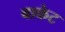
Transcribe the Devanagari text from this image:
बाकेट